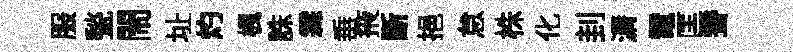
服甃閙址灼楓誅霖𡸁掖斷挹怠株化刲漘電匡聳